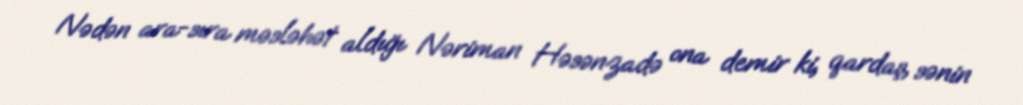
Nədən ara-sıra məsləhət aldığı Nəriman Həsənzadə ona demir ki, qardaş, sənin